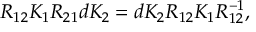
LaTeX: \widehat { \Delta } _ { \mu \lambda } ^ { r e t } \; \widehat { \Pi } _ { \lambda \rho } ^ { c o r } \; \widehat { \Delta } _ { \rho \nu } ^ { a d v } \; \propto \; d _ { \mu \lambda } ( K ) \, d _ { \lambda \tau } ( q ) \, d _ { \tau \rho } ( K - q ) \, d _ { \rho \nu } ( K ) \; \propto \; d _ { \mu \nu } ( K ) \; \widehat { \Pi } _ { \perp } ^ { c o r } ( K ) \; ,